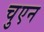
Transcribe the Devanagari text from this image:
चुएन